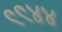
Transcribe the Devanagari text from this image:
९९४४